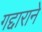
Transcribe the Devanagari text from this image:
गद्दाराने